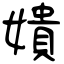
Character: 嬇